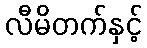
လီမိတက်နှင့်